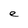
Character: e